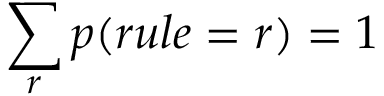
\sum _ { r } p ( r u l e = r ) = 1